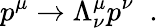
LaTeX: p^{\mu}\rightarrow\Lambda_{\nu}^{\mu}p^{\nu}\; \; .